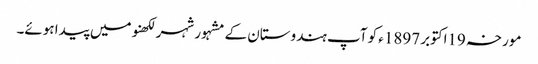
مورخہ 19اکتوبر 1897ء کو آپ ہندوستان کے مشہور شہر لکھنو میں پیدا ہوئے۔